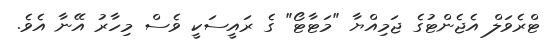
ޓްރެވަލް އެޖެންޓުގެ ޖަމިއްޔާ "މަޓާޓޯ" ގެ ރައީސަކީ ވެސް މިހާރު އޭނާ އެވެ.